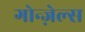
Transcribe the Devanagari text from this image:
गोन्ज़ेल्स